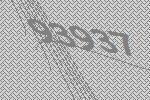
93937